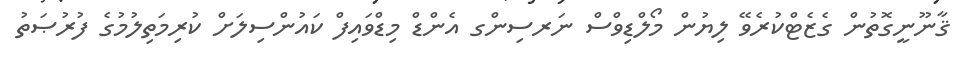
ޤާނޫނީގޮތުން ގެޒެޓްކުރެވޭ ލިޔުން މޯލްޑިވްސް ނަރސިންގ އެންޑް މިޑްވައިފް ކައުންސިލަށް ކުރިމަތިލުމުގެ ފުރުޞަތު